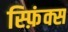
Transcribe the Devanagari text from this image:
स्फ़िंक्स